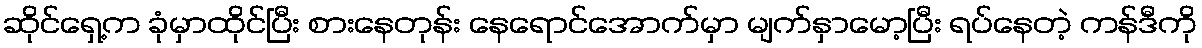
ဆိုင်ရှေ့က ခုံမှာထိုင်ပြီး စားနေတုန်း နေရောင်အောက်မှာ မျက်နှာမော့ပြီး ရပ်နေတဲ့ ကန်ဒီကို